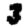
Digit: 3